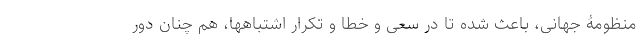
منظومۀ جهانی، باعث شده تا در سعی و خطا و تکرار اشتباهها، هم چنان دور